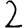
Digit: 2